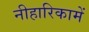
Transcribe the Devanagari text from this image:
नीहारिकामें